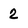
Character: 2